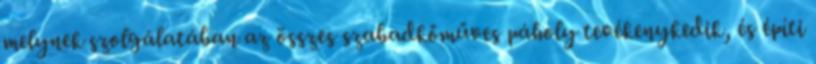
melynek szolgálatában az összes szabadkőműves páholy tevékenykedik, és építi